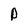
Character: P